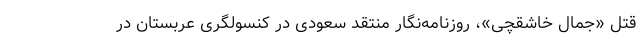
قتل «جمال خاشقچی»، روزنامه‌نگار منتقد سعودی در کنسولگری عربستان در